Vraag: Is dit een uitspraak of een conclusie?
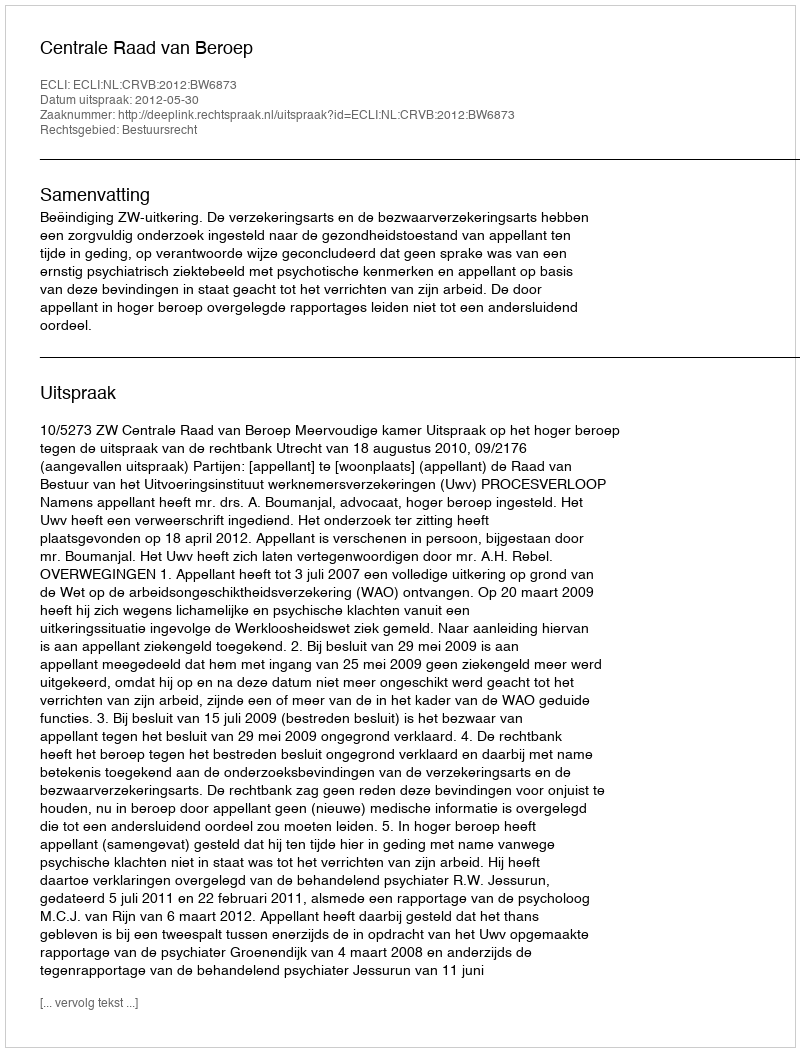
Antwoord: Uitspraak